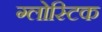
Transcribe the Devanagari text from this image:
ग्लोस्टिक